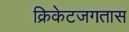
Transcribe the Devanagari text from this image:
क्रिकेटजगतास